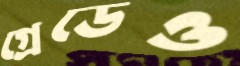
গ্রেডেও